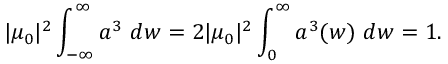
| \mu _ { 0 } | ^ { 2 } \int _ { - \infty } ^ { \infty } a ^ { 3 } ~ d w = 2 | \mu _ { 0 } | ^ { 2 } \int _ { 0 } ^ { \infty } a ^ { 3 } ( w ) ~ d w = 1 .